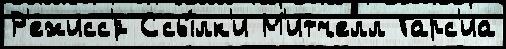
Р'ежисс'́р Ссы́лк'и М'итчелл Гарс'иа